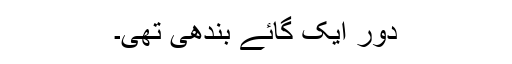
دور ایک گائے بندھی تھی۔